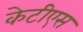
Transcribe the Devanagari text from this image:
केटीएस